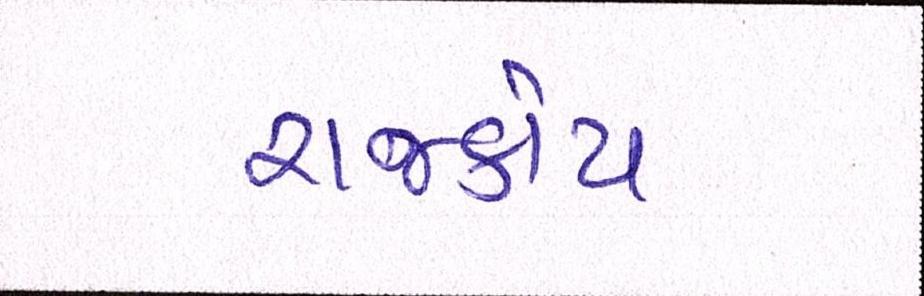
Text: રાજકોટ